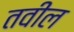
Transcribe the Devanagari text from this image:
तवील